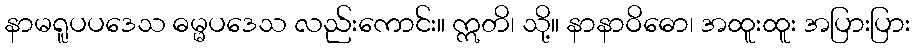
နာမရူပပဒေသ ဓမ္မပဒေသ လည်းကောင်း။ ဣတိ၊ သို့။ နာနာဝိဓော၊ အထူးထူး အပြားပြား